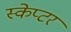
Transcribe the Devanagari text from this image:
स्केप्टर